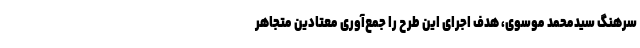
سرهنگ سیدمحمد موسوی، هدف اجرای این طرح را جمع‌آوری معتادین متجاهر